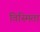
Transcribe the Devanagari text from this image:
विस्मिता